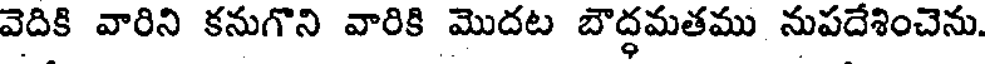
వెదికి వారిని కనుగొని వారికి మొదట బౌద్ధమతము నుపదేశించెను.